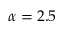
\alpha = 2 . 5